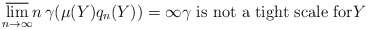
\begin{align*}\underset{n\rightarrow\infty}{\overline{\lim}}n\,\gamma(\mu(Y)q_{n}(Y))=\infty\gamma\text{ is not a tight scale for}Y\end{align*}